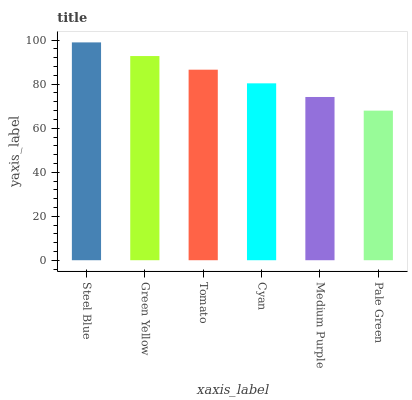
| xaxis_label | bars |
 | --- | --- |
 | Steel Blue | 99 |
 | Green Yellow | 92.8 |
 | Tomato | 86.6 |
 | Cyan | 80.4 |
 | Medium Purple | 74.2 |
 | Pale Green | 68 |